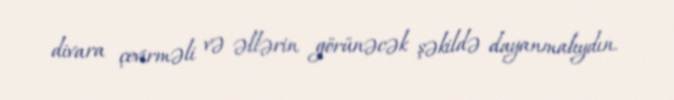
divara çevirməli və əllərin görünəcək şəkildə dayanmalıydın.